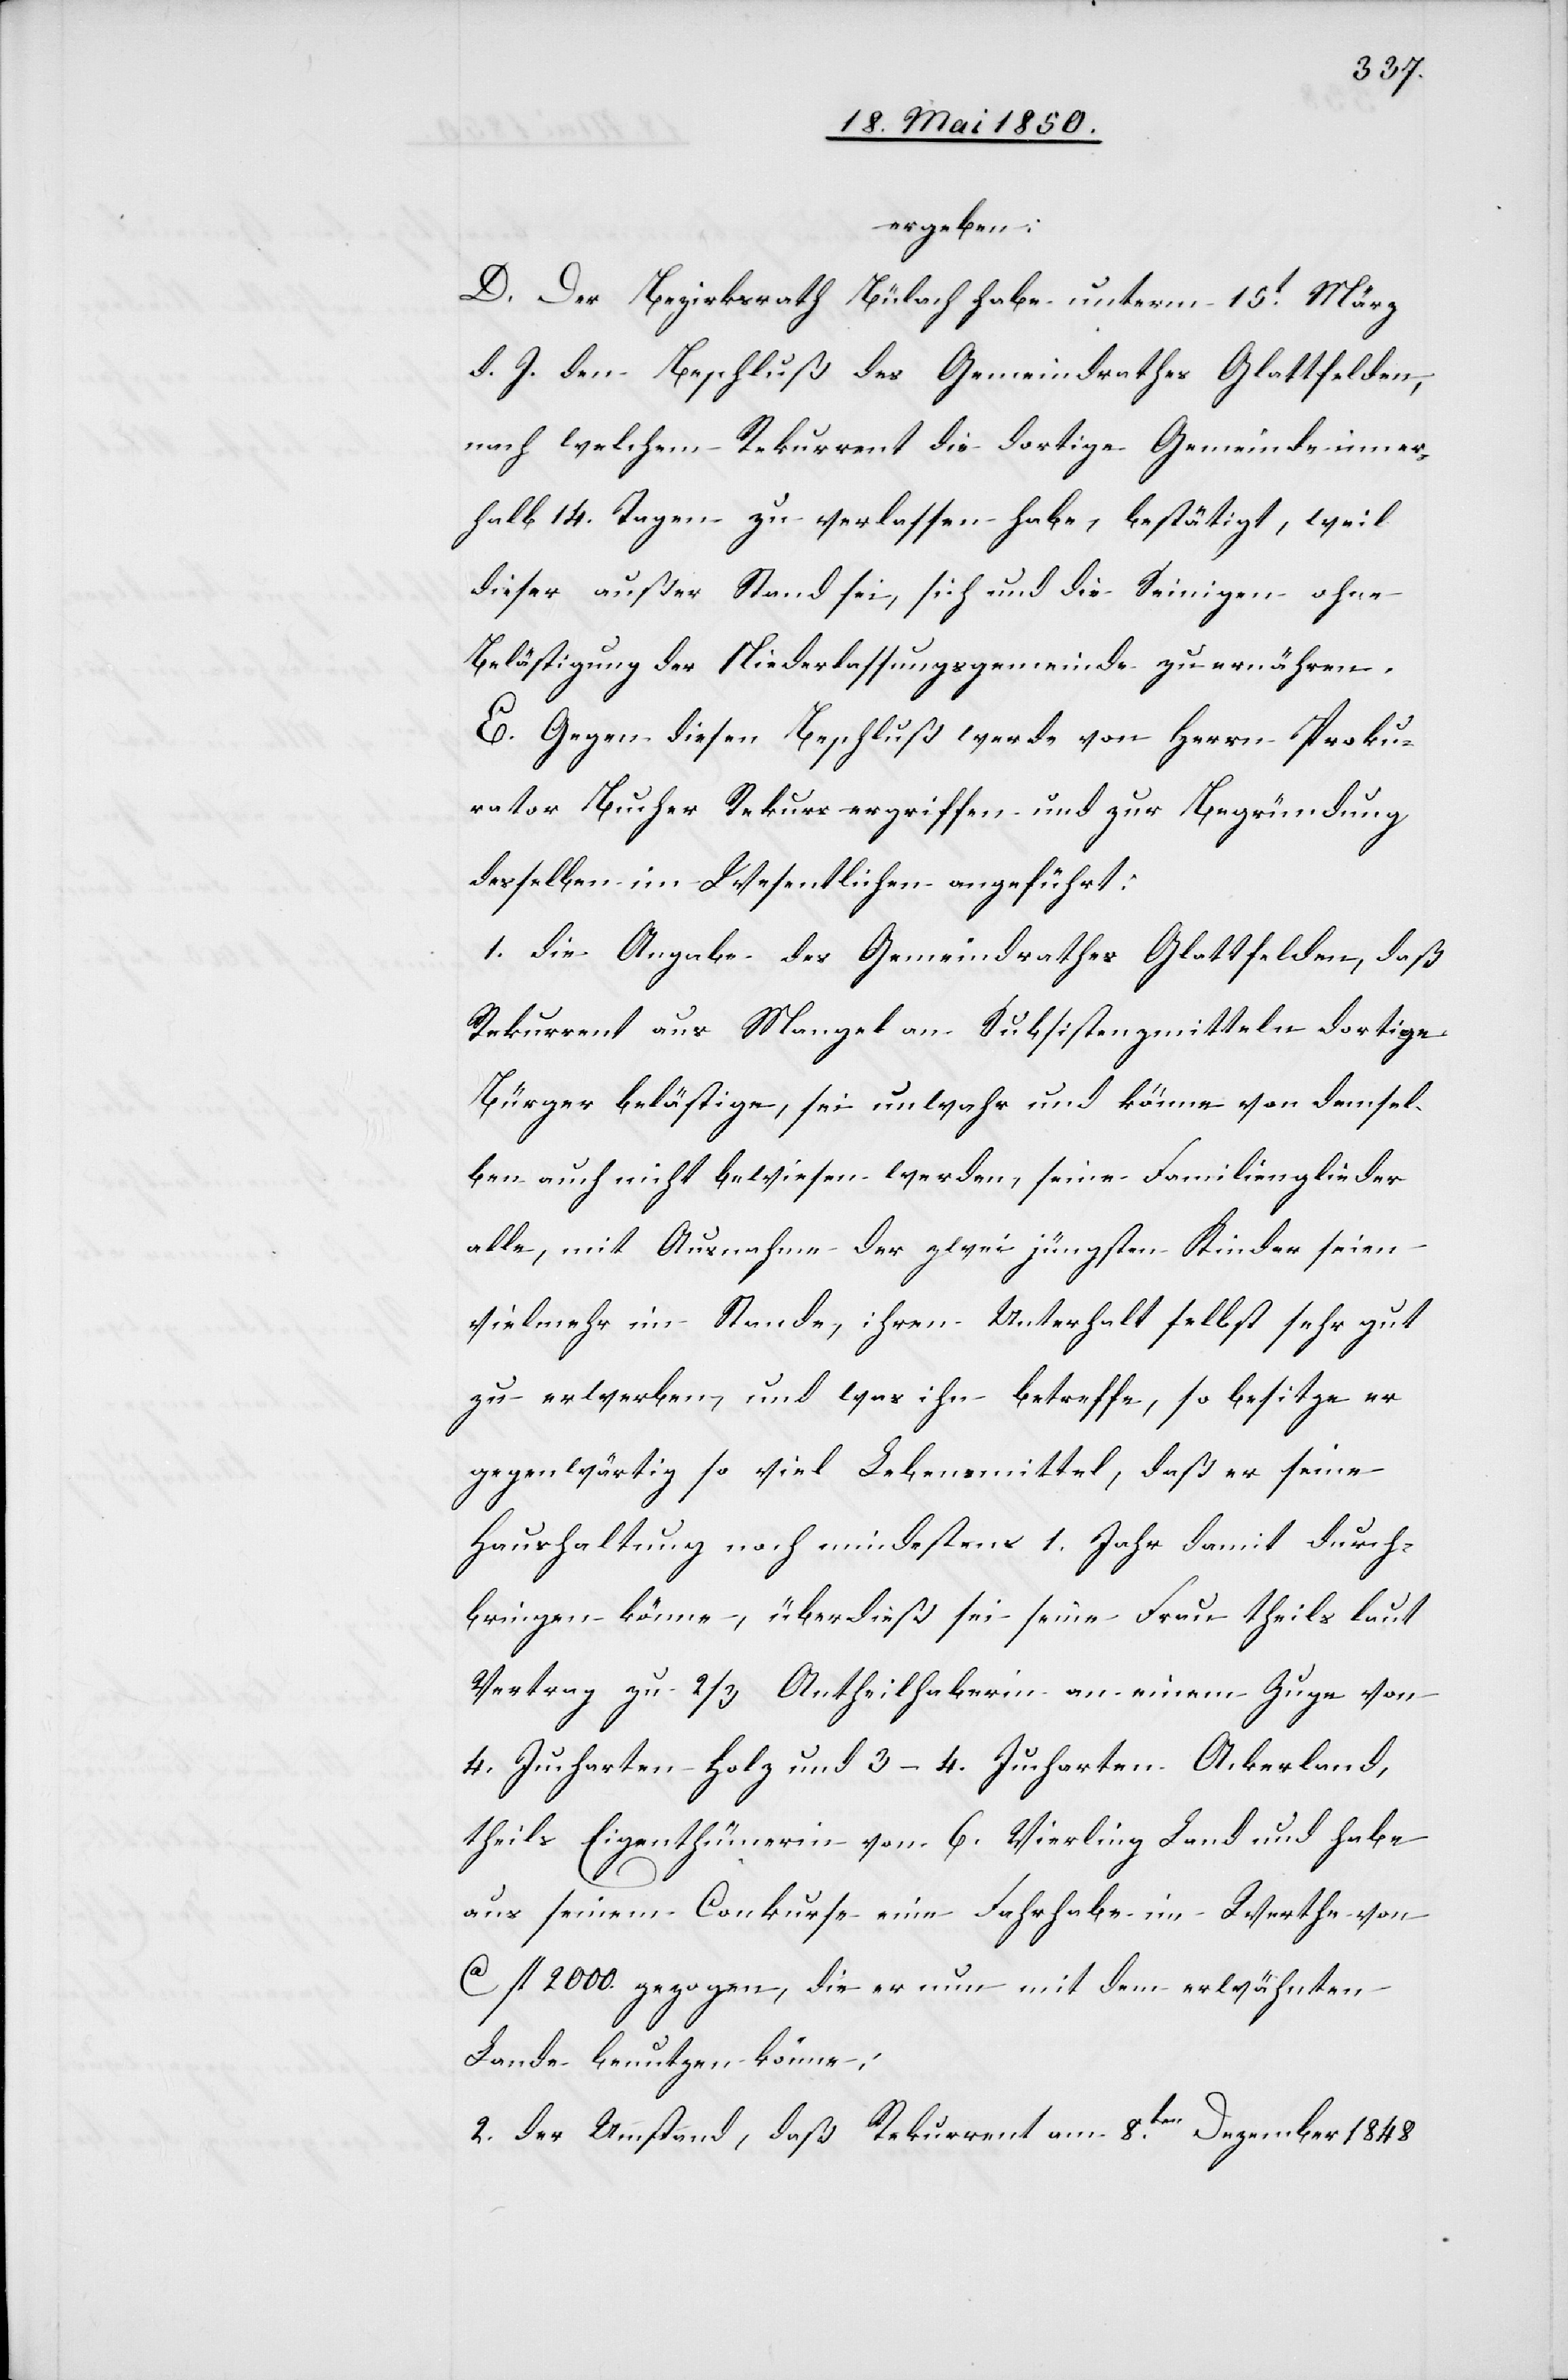
ergeben:
D. Der Bezirksrath Bülach habe unterm 15t März
d. J. den Beschluß des Gemeindrathes Glattfelden,
nach welchem Rekurrent die dortige Gemeinde inner¬
halb 14. Tagen zu verlassen habe, bestätigt, weil
dieser außer Stand sei, sich und die Seinigen ohne
Belästigung der Niederlassungsgemeinde zu ernähren.
E. Gegen diesen Beschluß werde von Herrn Proku¬
rator Bucher Rekurs ergriffen und zur Begründung
desselben im Wesentlichen angeführt:
1. die Angabe des Gemeindrathes Glattfelden, daß
Rekurrent aus Mangel an Subsistenzmitteln dortige
Bürger belästige, sei unwahr und könne von demsel¬
ben auch nicht bewiesen werden, seine Familienglieder
alle, mit Ausnahme der zwei jüngsten Kinder seien
vielmehr im Stande, ihren Unterhalt selbst sehr gut
zu erwerben, und was ihn betreffe, so besitze er
gegenwärtig so viel Lebensmittel, daß er seine
Haushaltung noch mindestens 1. Jahr damit durch¬
bringen könne, überdieß sei seine Frau theils laut
Vertrag zu 2/3 Antheilhaberin an einem Zuge von
4. Jucharten Holz und 3–4. Jucharten Ackerland,
theils Eigenthümerin von 6. Vierling Land und habe
aus seinem Conkurse eine Fahrhabe im Werthe von
Ca fl 2000. gezogen, die er nun mit dem erwähnten
Lande benutzen könne;
2. der Umstand, daß Rekurrent am 8ten Dezember 1848